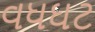
વધઘટ